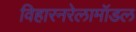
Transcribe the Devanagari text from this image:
विहारनरेलामॉडल